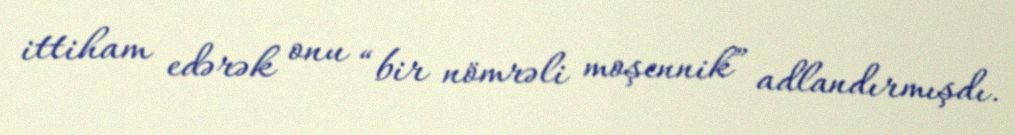
ittiham edərək onu “bir nömrəli moşennik” adlandırmışdı.